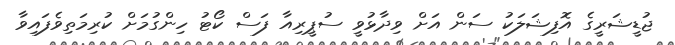
ޖުޑީޝަރީގެ އޮފިޝަލަކު ސަން އަށް ވިދާޅުވީ ސުޕީރިއާ ފަސް ކޯޓު ހިންގުމަށް ކުރިމަތިވެފައިވާ